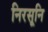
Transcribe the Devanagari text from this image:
निरसूनि